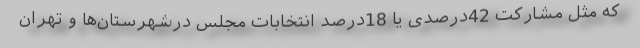
که مثل مشارکت 42درصدی یا 18درصد انتخابات مجلس درشهرستان‌ها و تهران